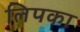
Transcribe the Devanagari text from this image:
लिपका